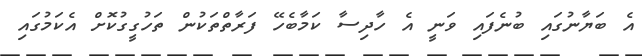
އެ ބަޔާނުގައި ބުނެފައި ވަނީ އެ ހާދިސާ ކަމާބެހޭ ފަރާތްތަކުން ތަހުގީގުކޮށް އެކަމުގައި